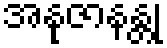
အနုဇာနန္တု